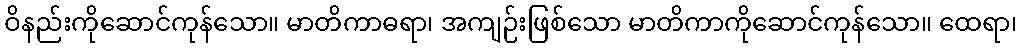
ဝိနည်းကိုဆောင်ကုန်သော။ မာတိကာဓရာ၊ အကျဉ်းဖြစ်သော မာတိကာကိုဆောင်ကုန်သော။ ထေရာ၊